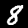
Label: 8